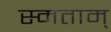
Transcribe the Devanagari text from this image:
स्मताम्